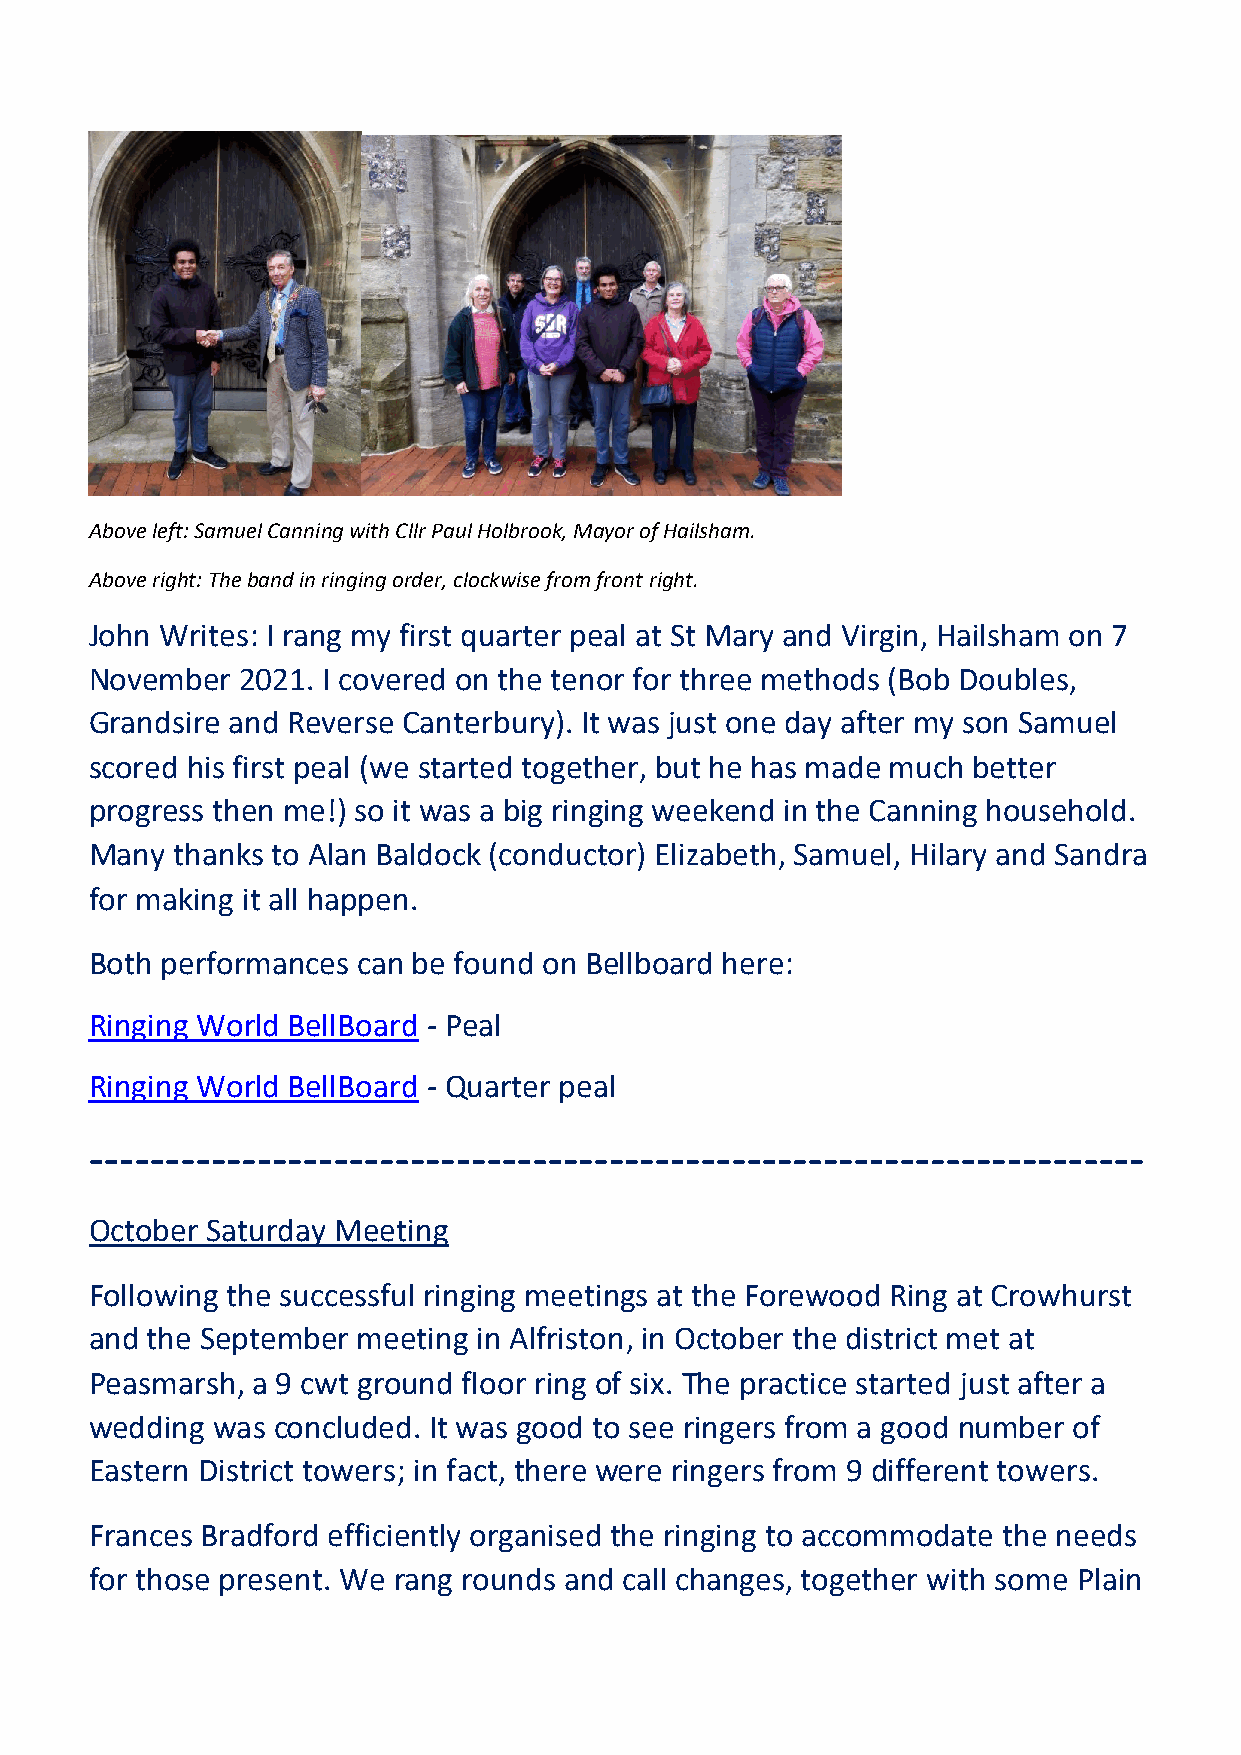
Above left: Samuel Canning with Cllr Paul Holbrook, Mayor of Hailsham.
 Above right: The band in ringing order, clockwise from front right.
 John Writes: I rang my first quarter peal at St Mary and Virgin, Hailsham on 7
 November  2021. I covered on the tenor for three methods (Bob Doubles,
 Grandsire and Reverse Canterbury). It was just one day after my son Samuel
 scored his first peal (we started together, but he has made much better
 progress then me!) so it was a big ringing weekend in the Canning household.
 Many thanks to Alan Baldock (conductor) Elizabeth, Samuel, Hilary and Sandra
 for making it all happen.
 Both performances can be found on Bellboard here:
 Ringing World BellBoard - Peal
 Ringing World BellBoard - Quarter peal
 ---------------------------------------------------------------------
 October Saturday Meeting
 Following the successful ringing meetings at the Forewood Ring at Crowhurst
 and the September meeting in Alfriston, in October the district met at
 Peasmarsh, a 9 cwt ground floor ring of six. The practice started just after a
 wedding was concluded. It was good to see ringers from a good number of
 Eastern District towers; in fact, there were ringers from 9 different towers.
 Frances Bradford efficiently organised the ringing to accommodate the needs
 for those present. We rang rounds and call changes, together with some Plain